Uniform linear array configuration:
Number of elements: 32
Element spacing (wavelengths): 0.75
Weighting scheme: exponential
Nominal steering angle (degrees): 30
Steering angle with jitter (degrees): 28.501
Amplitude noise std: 0.05
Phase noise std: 0.05

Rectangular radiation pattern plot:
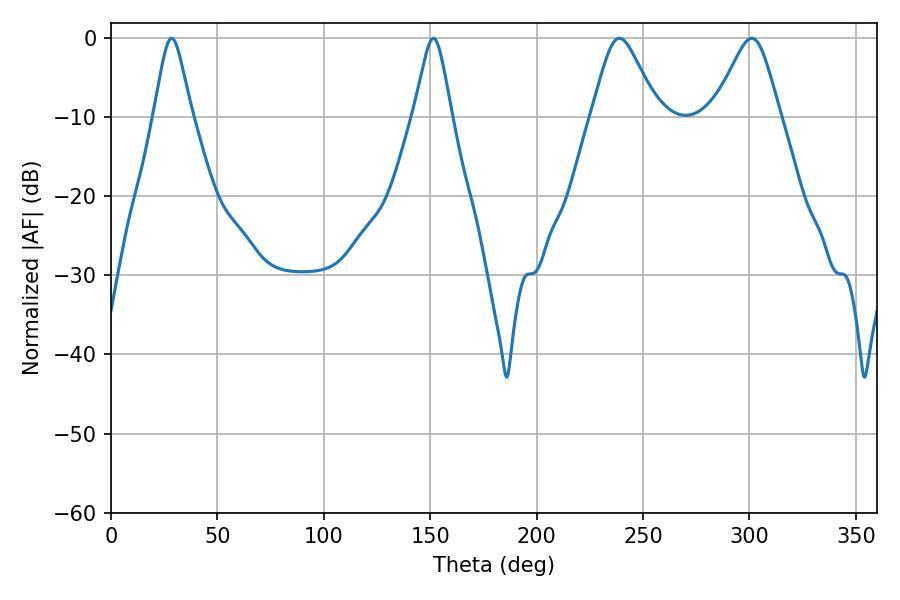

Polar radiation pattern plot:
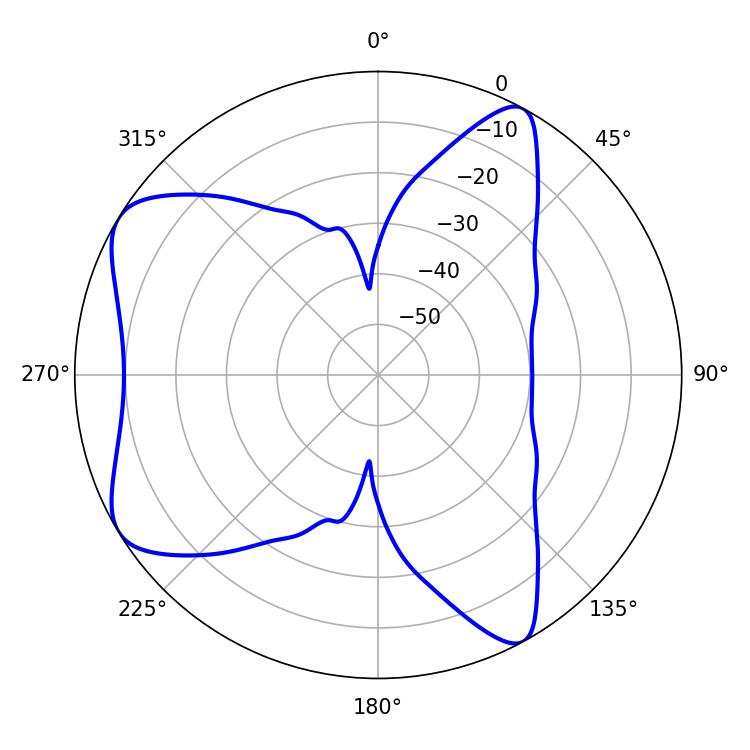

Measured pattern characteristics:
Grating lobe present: TRUE
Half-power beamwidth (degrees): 14.94
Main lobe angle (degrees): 301.14